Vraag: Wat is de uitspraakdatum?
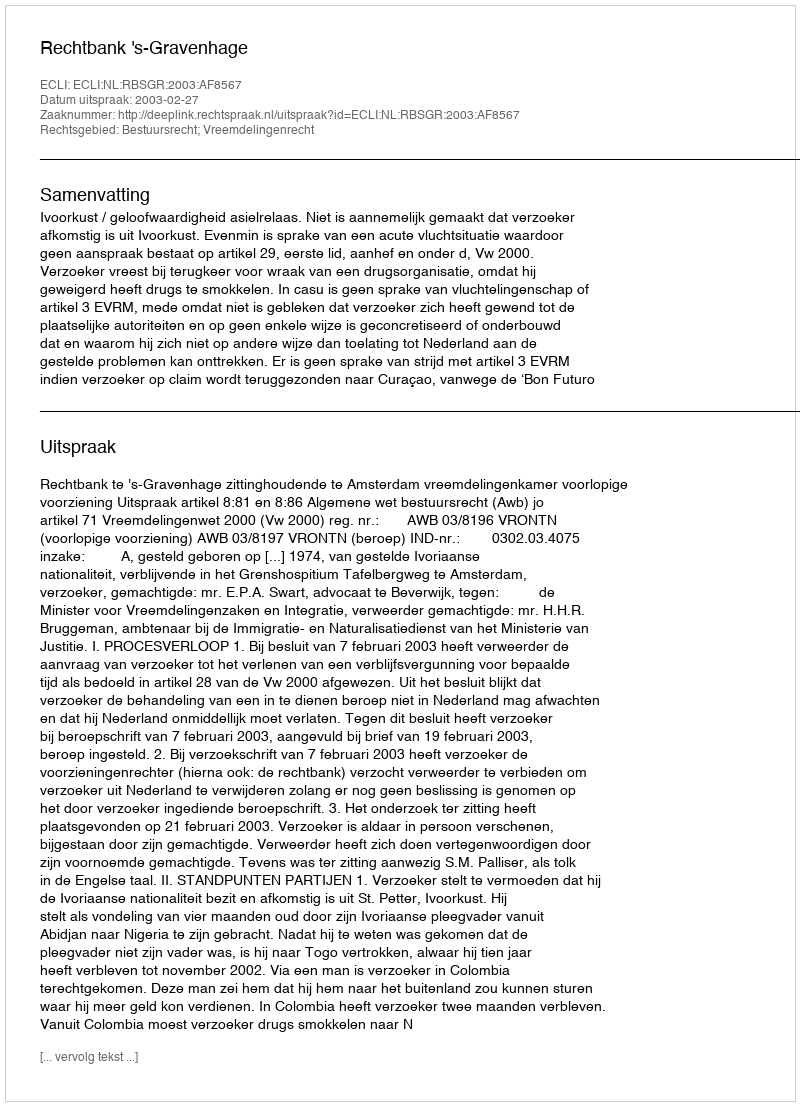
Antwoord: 2003-02-27